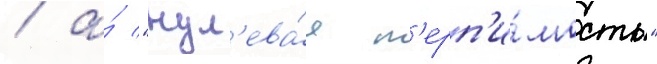
/ а́ "нул'ева́я т'ерп'и́мость"